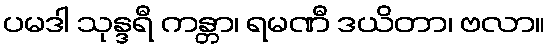
ပမဒါ သုန္ဒရီ ကန္တာ၊ ရမဏီ ဒယိတာ၊ ဗလာ။